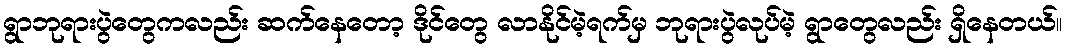
ရွာဘုရားပွဲတွေကလည်း ဆက်နေတော့ ဒိုင်တွေ လာနိုင်မဲ့ရက်မှ ဘုရားပွဲလုပ်မဲ့ ရွာတွေလည်း ရှိနေတယ်။